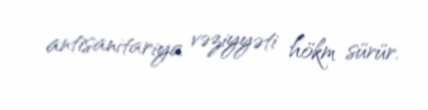
antisanitariya vəziyyəti hökm sürür.